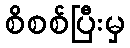
စိစစ်ပြီးမှ